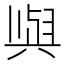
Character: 𫤰